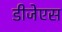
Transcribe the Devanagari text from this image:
डीजेएस